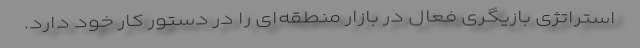
استراتژی بازیگری فعال در بازار منطقه‌ای را در دستور کار خود دارد.